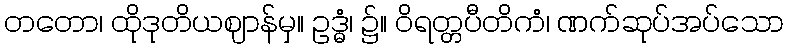
တတော၊ ထိုဒုတိယဈာန်မှ။ ဥဒ္ဓံ၊ ၌။ ဝိရတ္တပီတိကံ၊ ဏက်ဆုပ်အပ်သော